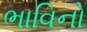
ભાવિનો